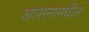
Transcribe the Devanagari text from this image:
आसनांमधील